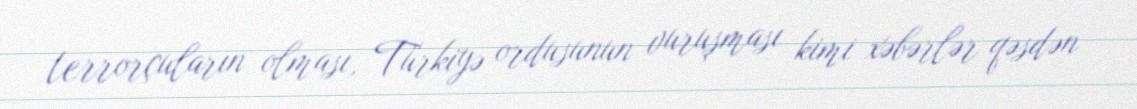
terrorçuların olması, Türkiyə ordusunun vuruşması kimi xəbərlər qəsdən